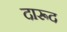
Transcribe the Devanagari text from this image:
दारूद